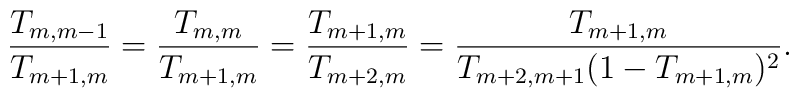
\frac{T_{m,m-1}}{T_{m+1,m}}=\frac{T_{m,m}}{T_{m+1,m}}=\frac{T_{m+1,m}}{T_{m+2,m}}=\frac{T_{m+1,m}}{T_{m+2,m+1}(1-T_{m+1,m})^2} .